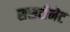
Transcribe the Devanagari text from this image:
ससटीनेट